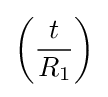
\left({\frac {t}{R_{1}}}\right)